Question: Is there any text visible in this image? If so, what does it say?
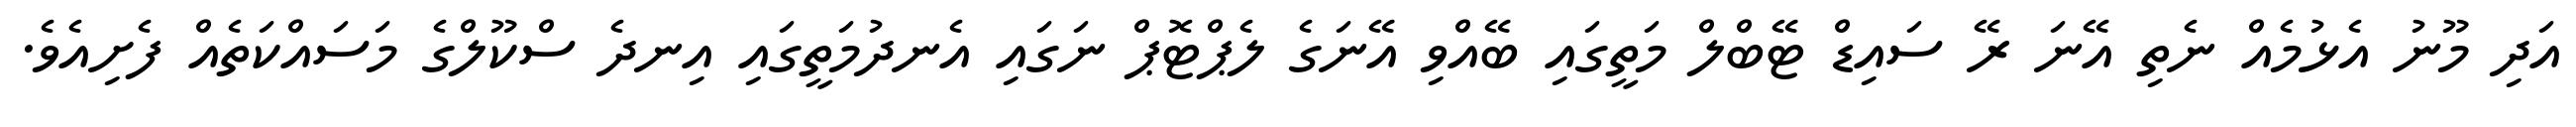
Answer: އަދި މޫނު އެޅުމެއް ނެތި އޭނަ ރޭ ސައިޑް ޓޭބްލް މަތީގައި ބޭއްވި އޭނަގެ ލެޕްޓޮޕް ނަގައި އެނދުމަތީގައި އިނދެ ސްކޫލްގެ މަސައްކަތެއް ފެށިއެވެ.